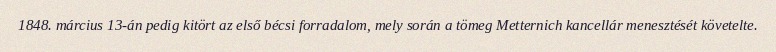
1848. március 13-án pedig kitört az első bécsi forradalom, mely során a tömeg Metternich kancellár menesztését követelte.